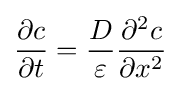
{\frac {\partial c}{\partial t}}={\frac {D}{\varepsilon }}{\frac {\partial ^{2}c}{\partial x^{2}}}